Source: Handwritten
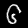
Digit: ၆ (6)